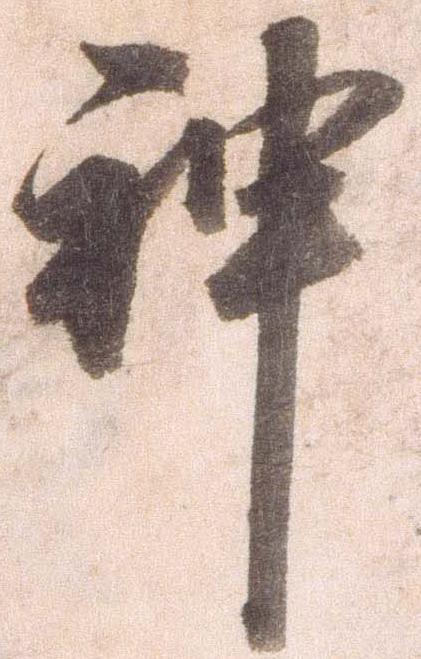
神